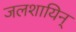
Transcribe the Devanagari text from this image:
जलशायिन्